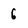
Character: 6